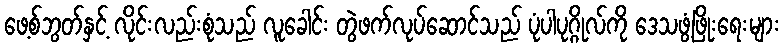
ဖေ့စ်ဘွတ်နှင့် လိုင်းလည်းစုံသည် လူခေါင်း တွဲဖက်လုပ်ဆောင်သည် ပုံပါပုဂ္ဂိုလ်ကို ဒေသဖွံ့ဖြိုးရေးများ